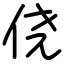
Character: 侥